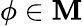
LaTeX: \phi\in\mathbf{M}